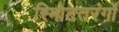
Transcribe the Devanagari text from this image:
रिमोटतरंगों